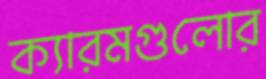
ক্যারমগুলোর